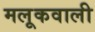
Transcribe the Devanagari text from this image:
मलूकवाली